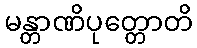
မန္တာဏိပုတ္တောတိ